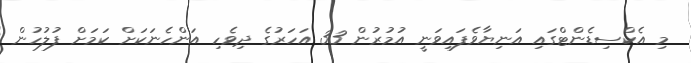
މި އެކްސިޑެންޓްގައި އަނިޔާވެފައިވަނީ އުމުރުން 33 އަހަރުގެ ދިވެހި އަންހެނަކަށް ކަމަށް ފުލުހުން